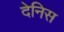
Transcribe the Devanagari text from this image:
देनिस